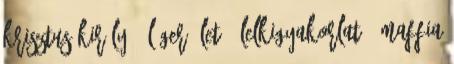
Krisztus Király 2 láger élet 1 lelkigyakorlat 1 maffia